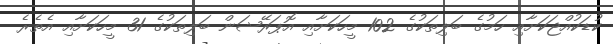
ކުޑަކުއްޖަކަށާއި ހަމުގެ ބަލިތަކުގެ 102 މީހަކަށާއި އޮޕަރޭޝަން ބަލިތަކުގެ 31 މީހަކަށާއި އެތެރެ